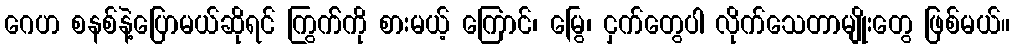
ဂေဟ စနစ်နဲ့ပြောမယ်ဆိုရင် ကြွက််ကို စားမယ့် ကြောင်၊ မြွေ၊ ငှက်တွေပါ လိုက်သေတာမျိုးတွေ ဖြစ်မယ်။